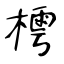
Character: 樗